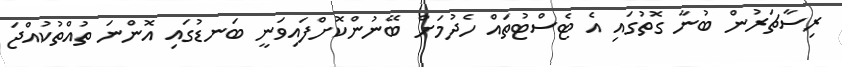
ރިސާޗަރުން ބުނާ ގޮތުގައި އެ ޓެސްޓުތައް ހެދުމަށް ބޭނުންކޮށްފައިވަނީ ބަނޑުގައި އޮންނަ ތުއްތުކުއްޖަ